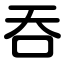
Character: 吞